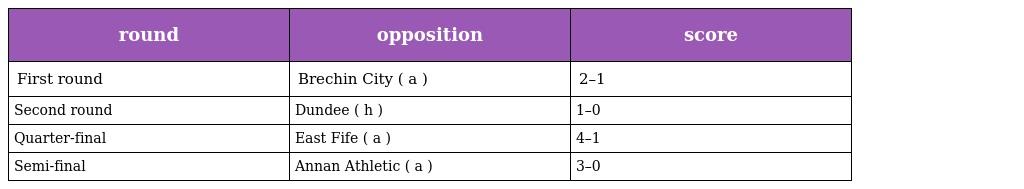
| round | opposition | score |
 | --- | --- | --- |
 | First round | Brechin City ( a ) | 2–1 |
 | Second round | Dundee ( h ) | 1–0 |
 | Quarter-final | East Fife ( a ) | 4–1 |
 | Semi-final | Annan Athletic ( a ) | 3–0 |